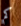
كم